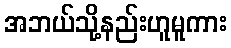
အဘယ်သို့နည်းဟူမူကား